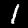
Label: 1